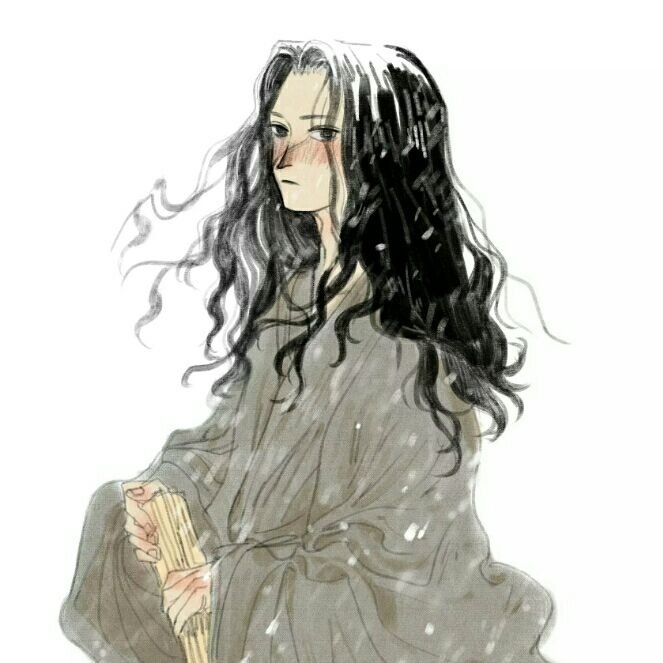
季子正年少，匹马黑貂裘。